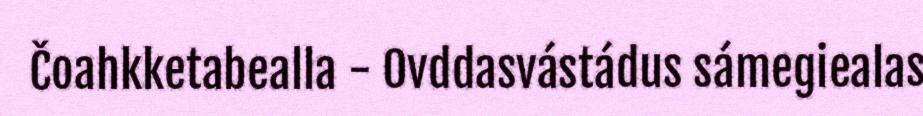
Čoahkketabealla - Ovddasvástádus sámegiealas